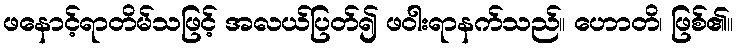
ဖနောင့်ရာတိမ်သဖြင့် အလယ်ပြတ်၍ ဖဝါးရာနက်သည်။ ဟောတိ၊ ဖြစ်၏။